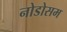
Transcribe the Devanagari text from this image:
नोडोसम